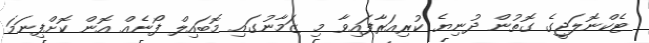
ޓެކްނޮލަޖީގެ ގޮތުން ދުނިޔެ ކުރިއަރާފައިވާ މި ޒަމާނުގައި މޮބައިލް ފޯނެއް އޮން ކޮށްފިނަމަ